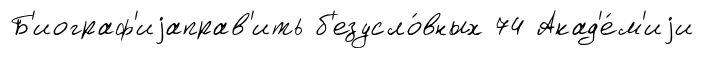
Б'иограф'иjаправ'ить б'езусло́вных 74 Акад'е́м'иjи